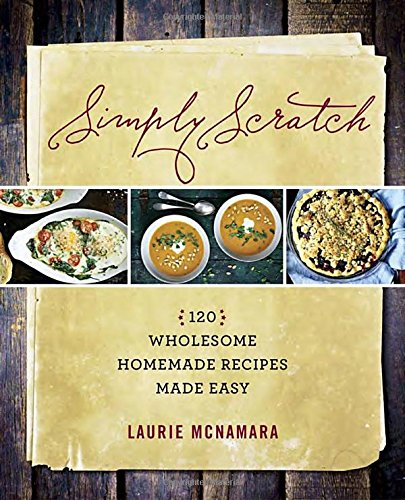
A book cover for Simply Scratch: 120 Wholesome Homemade Recipes Made Easy; Laurie McNamara; Cookbooks, Food & Wine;